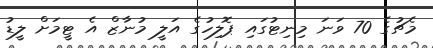
މެޗުގެ 70 ވަނަ މިނިޓުގައި ޕޮލިހުގެ އަލީ މުނާޒް އެ ޓީމަށް ލީޑު